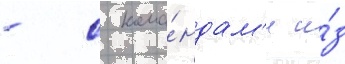
- с кома́ндам'и и́з